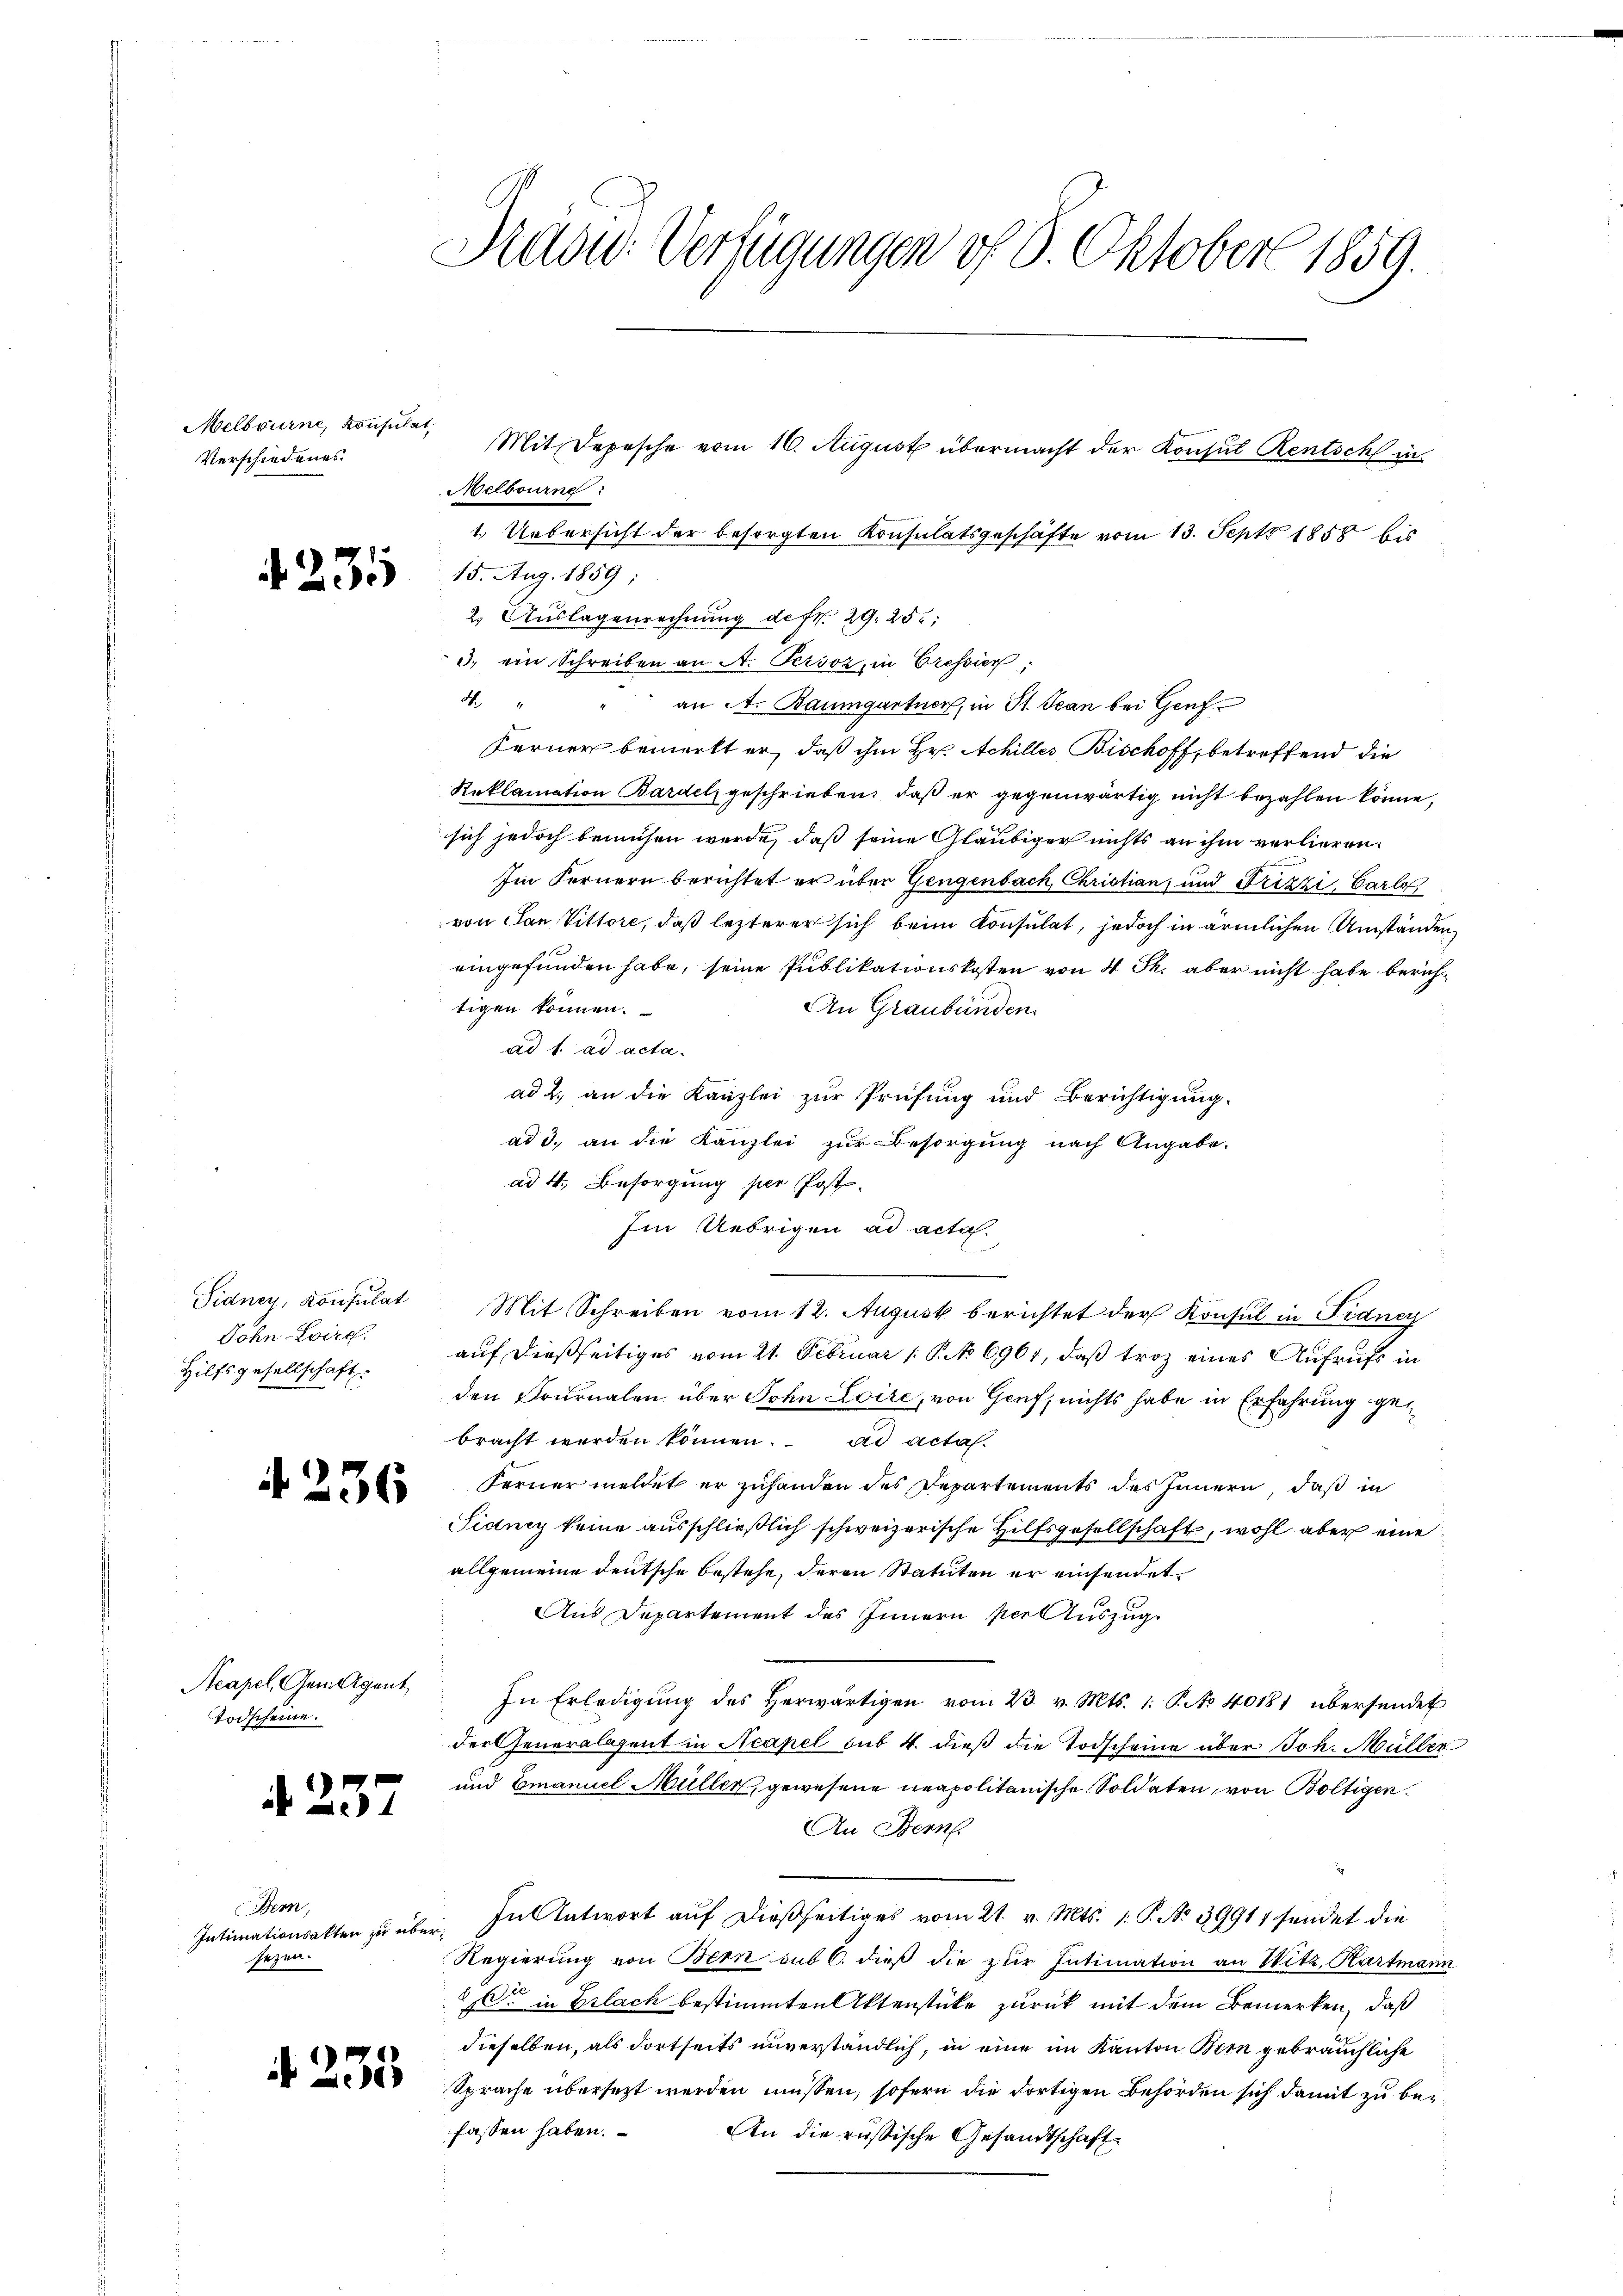
Melbourne, konsulat
Verschiedenes.

235

John Loire.
Hilfsgesellschaft.

2

36

Acapel, Gemeigent
Todscheine.

)
ab eine

Bem,
sezen.

255

Niede Verfügungen of 9. Oktober 1859.

Melbourne:
1. Uebersicht der besorgten Konsulatsgeschäfte vom 13. Sept. 1858 bis
15. Aug. 1859
2. Auslagenrechnung de fr. 29. 252.
3. ein Schreiben an A. Persoz, in Cressier
d
an A. Baumgartner, in St. Jean bei Genfe
Ferner bemerkt er, daß ihm Hr. Achiller Bischoff, betreffend die
Reklamation Bardel, geschrieben, daß er gegenwärtig nicht bezahlen könne,
sich jedoch bemühen werde, daß seine Gläubiger nichts an ihm verlieren.
Im Fernern berichtet er über Gengenbach Christian, und Frizzi, Carlo,
von San Vittore, daß lezterer sich beim Konsulat, jedoch in ärmlichen Umständen,
eingefunden habe, seine Publikationskosten von 4 Th. aber nicht habe berichtigen können.
An Graubünden.
ad 1. ad acta.
ad 2., an die Kanzlei zur Prüfung und Berichtigung.
ad 3., an die Kanzlei zur Besorgung nach Angabe.
ad 4., Besorgung per Post-
Im Uebrigen ad acta.
Fidney, Konsulat Mit Schreiben vom 12. August berichtet der Konsul in Fidney
auf dießseitiges vom 21. Februar 1 S. 6967, daß troz eines Aufrufs in
den Fournalen über John Loire, von Genf, nichts habe in Erfahrung gebracht werden können. ad acta.
Ferner meldet er zuhanden des Departements des Innern, daß in
Sidney keine ausschließlich schweizerische Hilfsgesellschaft, wohl aber eine
allgemeine deutsche bestehe, deren Statuten er einsendet
Aus Departement des Innern per Auszug¬
In Erledigŭng des herwärtigen vom 23. v. Mts. 1. P. No 40181 übersendet
der Generalagent in Acapel sub 4. dieß die Todscheine über Joh. Müller
und Emanuel Müller, gewesene neapolitanische Soldaten, von Boltigen.
An Stern
Intimationsakten zu über. In Antwort auf dießseitiges vom 21. v. Mts. 1. P. No 39911 sendet die
Regierung von Bern sub 6. dieß die zur Intimation an Witz, Hartmann
2. in Erlach bestimmten Aktenstücke zurück mit dem Bemerken, daß
dieselben, als dortseits unverständlich, in eine im Kanton Bern gebräuchliche
Sprache übersezt werden müssen, sofern die dortigen Behörden sich damit zu befassen haben.
An die russische Gesandtschaft

Mit Depesche vom 16. August übermacht der Konsul Rentsch in